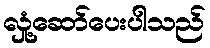
လှုံ့ဆော်ပေးပါသည်